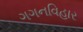
ગગનવિહાર